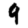
Digit: 9